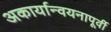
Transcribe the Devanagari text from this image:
अकार्यान्वयनापूर्वी